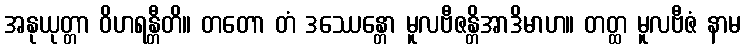
အနုယုတ္တာ ဝိဟရန္တီတိ။ တတော တံ ဒဿေန္တော မူလဗီဇန္တိအာဒိမာဟ။ တတ္ထ မူလဗီဇံ နာမ